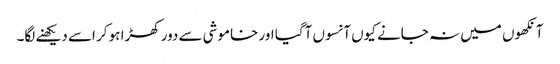
آنکھوں میں نہ جانے کیوں آنسوں آگیا اور خاموشی سے دور کھڑا ہو کر اسے دیکھنے لگا۔